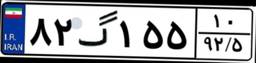
۸۲گ۱۵۵۱۰